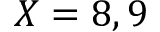
X = 8 , 9